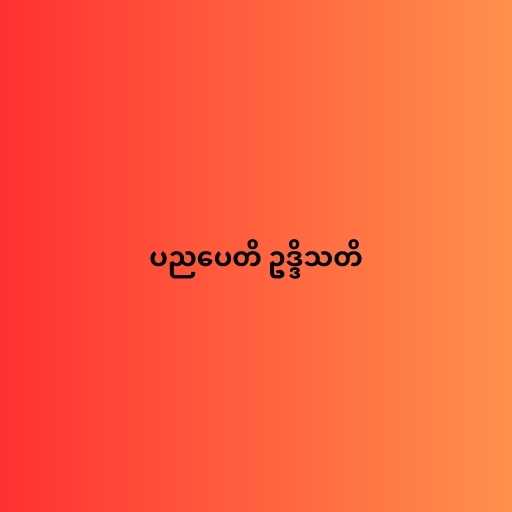
ပညပေတိ ဥဒ္ဒိသတိ